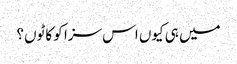
میں ہی کیوں اس سزا کو کاٹوں؟